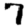
Digit: 7